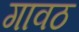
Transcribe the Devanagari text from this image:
गावठ